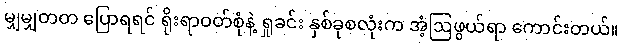
မျှမျှတတ ပြောရရင် ရိုးရာဝတ်စုံနဲ့ ရှုခင်း နှစ်ခုစလုံးက အံ့ဩဖွယ်ရာ ကောင်းတယ်။